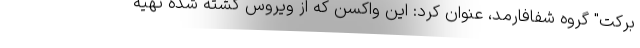
برکت" گروه شفافارمد، عنوان کرد: این واکسن که از ویروس کشته شده تهیه